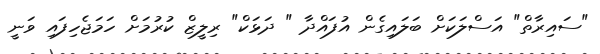
"ސައިރާތް" އަސްލަކަށް ބަލައިގެން އުފައްދާ " ދަޅަކް" ރިލީޒް ކުރުމަށް ހަމަޖެހިފައި ވަނީ